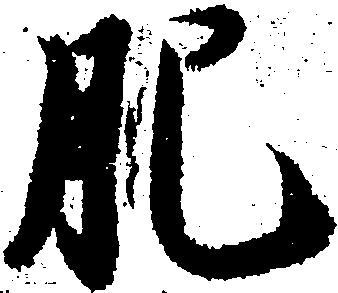
肥